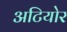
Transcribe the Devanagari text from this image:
अटियोर